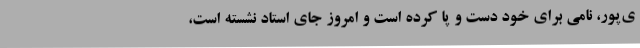
ی‌پور، نامی برای خود دست و پا کرده است و امروز جای استاد نشسته است،